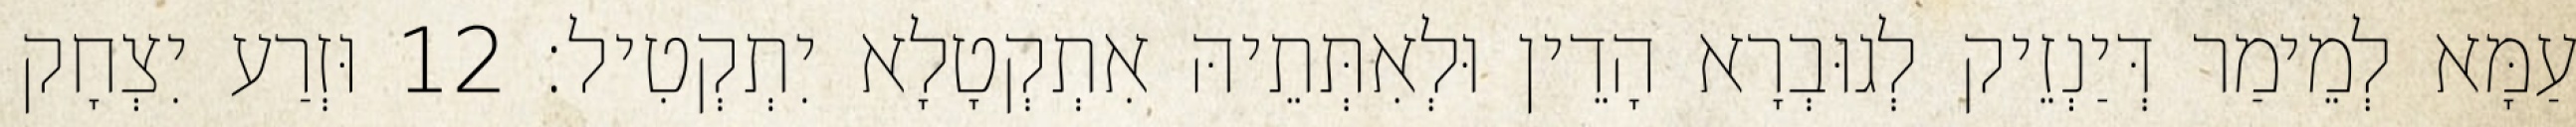
עַמָּא לְמֵימַר דְּיַנְזֵיק לְגוּבְרָא הָדֵין וּלְאִתְּתֵיהּ אִתְקְטָלָא יִתְקְטִיל׃ 12 וּזְרַע יִצְחָק